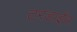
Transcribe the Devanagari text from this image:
टरडाईव